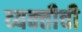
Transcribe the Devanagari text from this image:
व्‍यक्‍तीची